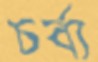
চর্ব্য